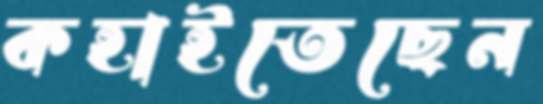
কহাইতেছেন